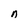
Character: n